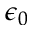
\epsilon _ { 0 }